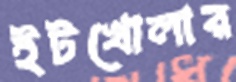
ইটখোলার